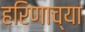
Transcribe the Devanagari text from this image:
हरिणाच्या